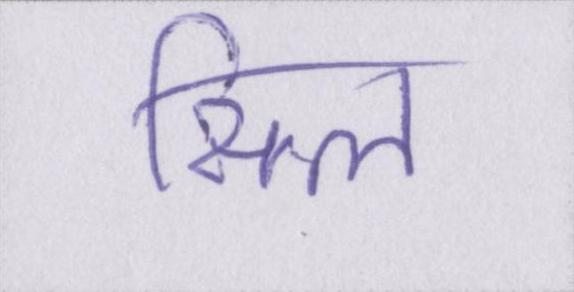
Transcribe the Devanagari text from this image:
सिल